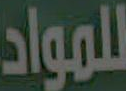
للمواد